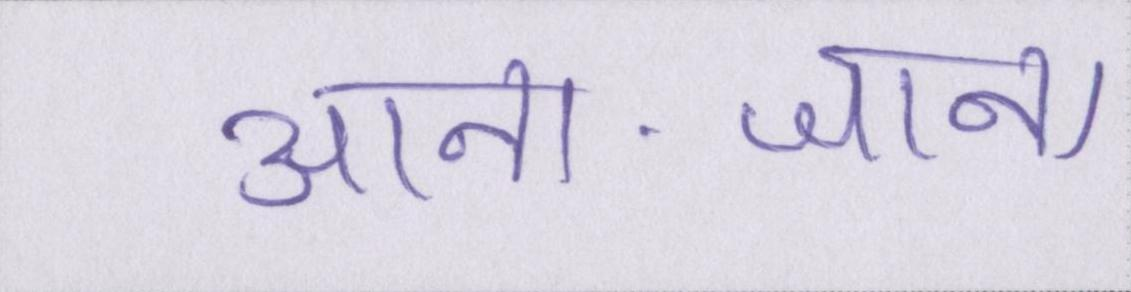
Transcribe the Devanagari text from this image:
आना-जाना